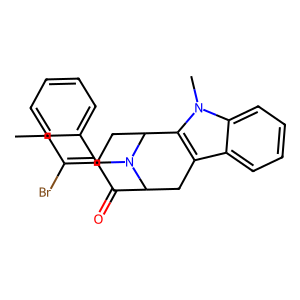
SMILES: CCC(Br)=C1CC2c3c(c4ccccc4n3C)CC(C1=O)N2Cc1ccccc1
Inhibits HIV replication: No